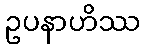
ဥပနာဟိဿ